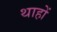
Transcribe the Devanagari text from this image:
थाहों